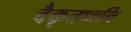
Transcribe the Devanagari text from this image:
वैकृतध्वनि